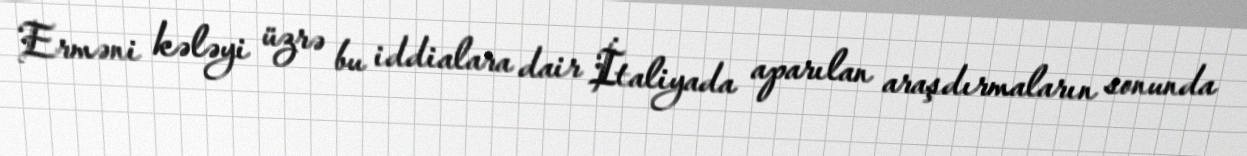
Erməni kələyi üzrə bu iddialara dair İtaliyada aparılan araşdırmaların sonunda